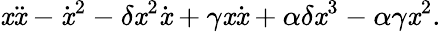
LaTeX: \mathit{x}\ddot{{\mathit{x}}}-\dot{{\mathit{x}}}^{2}-\delta\mathit{x}^{2}\dot{{\mathit{x}}}+\gamma\mathit{x}\dot{{\mathit{x}}}+\alpha\delta\mathit{x}^{3}-\alpha\gamma\mathit{x}^{2}.